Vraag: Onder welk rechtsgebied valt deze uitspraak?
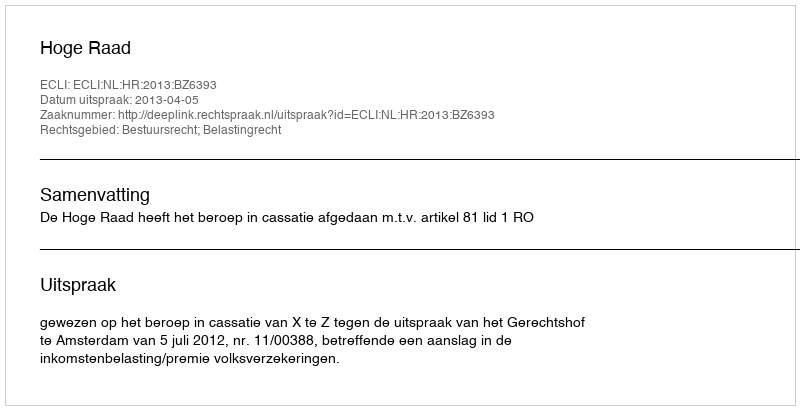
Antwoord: Bestuursrecht; Belastingrecht